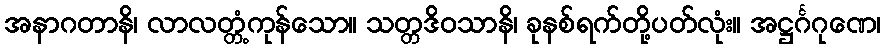
အနာဂတာနိ၊ လာလတ္တံ့ကုန်သော။ သတ္တဒိဝသာနိ၊ ခုနစ်ရက်တို့ပတ်လုံး။ အဋ္ဌင်္ဂဂုဏေ၊